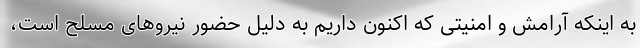
به اینکه آرامش و امنیتی که اکنون داریم به دلیل حضور نیروهای مسلح است،